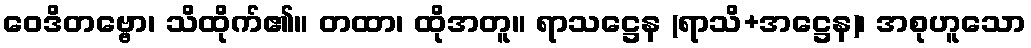
ဝေဒိတဗ္ဗော၊ သိထိုက်၏။ တထာ၊ ထိုအတူ။ ရာသဋ္ဌေန (ရာသိ+အဋ္ဌေန)၊ အစုဟူသော